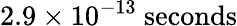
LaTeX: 2.9\times 10^{-13}\ \mathrm{seconds}